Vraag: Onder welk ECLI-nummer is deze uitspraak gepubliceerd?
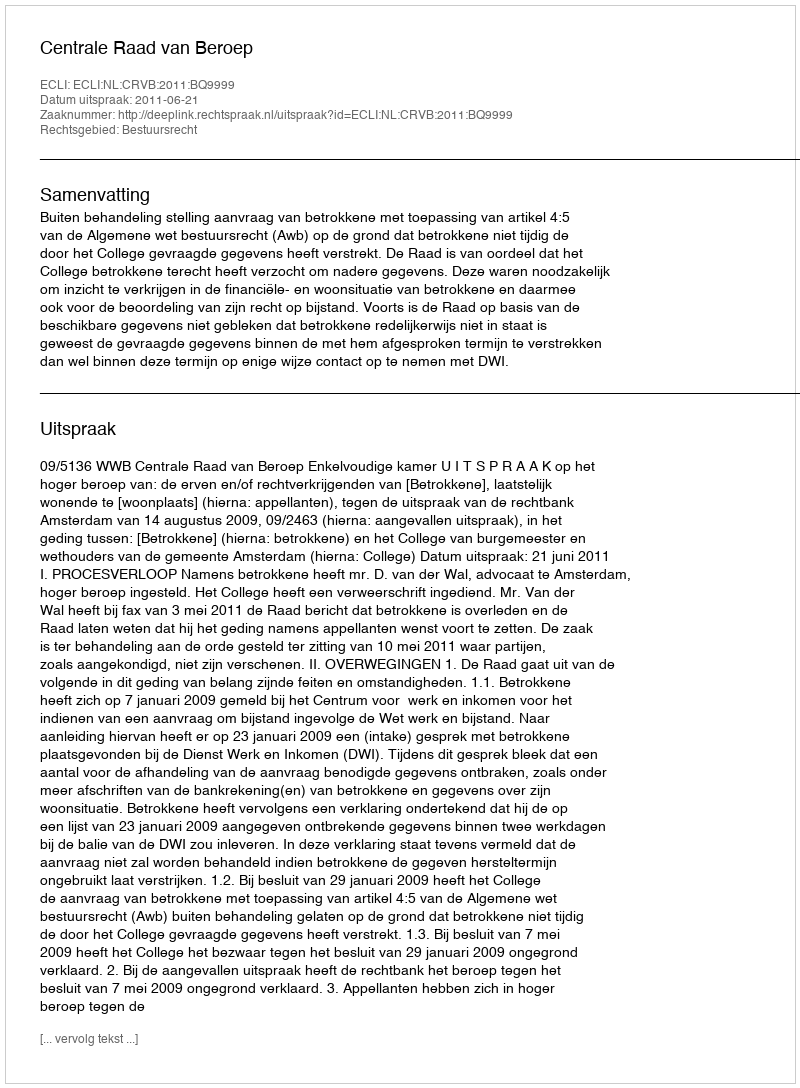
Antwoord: ECLI:NL:CRVB:2011:BQ9999